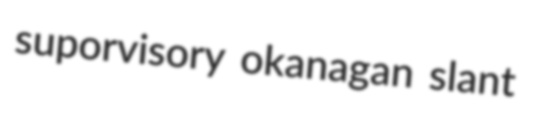
suporvisory okanagan slant